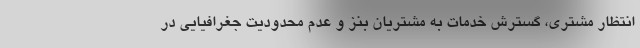
انتظار مشتری، گسترش خدمات به مشتریان بنز و عدم محدودیت جغرافیایی در